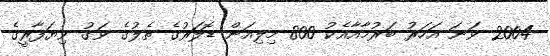
2004 ވަނަ އަހަރު ބަރުމާއާއެކު 800 މިލިއަން ޑޮލަރުގެ ތެލުގެ ވަގު ވިޔަފާރީގެ